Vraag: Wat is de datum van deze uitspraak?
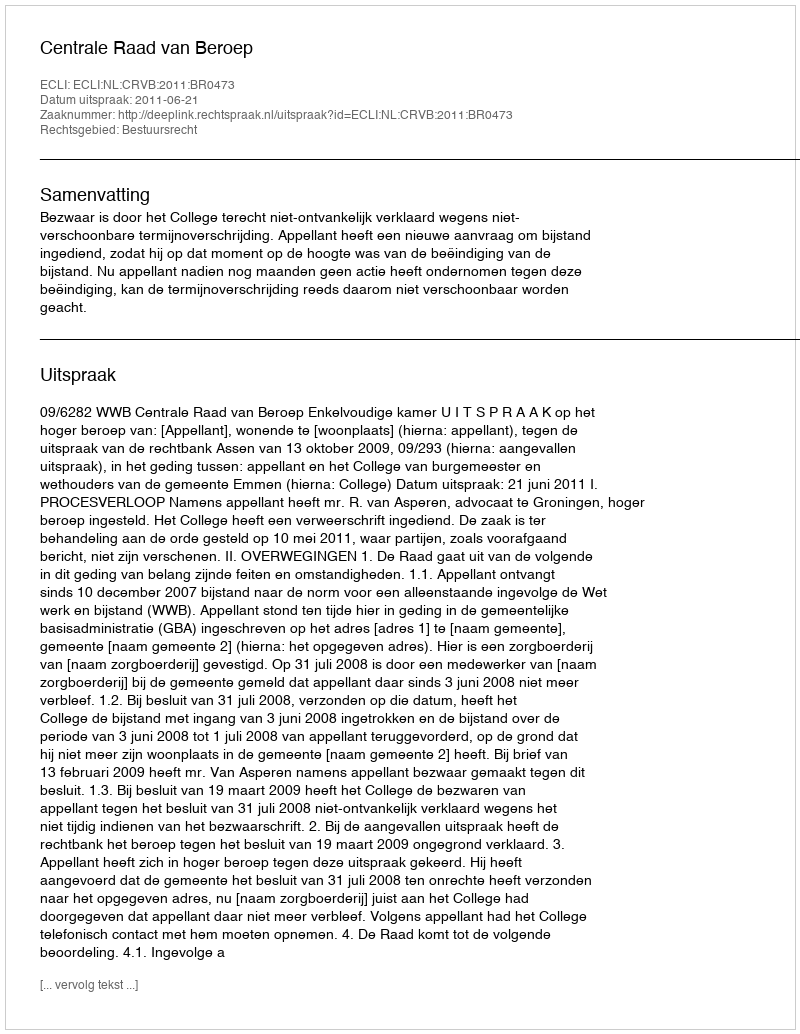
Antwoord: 2011-06-21